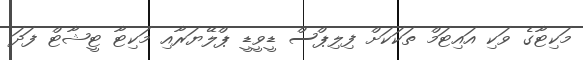
މަކިޓާގެ ވަކި އައިޓަމް ތަކަކަށް ފިލިޕްސް ޑީވީޑީ ޕްލޭޔަރާއި މަކިޓާ ޓީޝާޓް ފަދަ